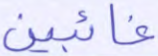
غائبين